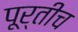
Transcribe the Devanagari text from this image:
पूर्तीच